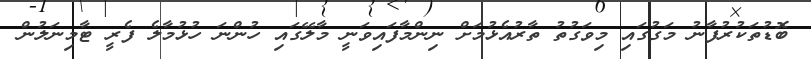
ބޮޑުތަކުރުފާނު މަގުގައި މިވަގުތު ތާރުއެޅުމަށް ނިންމާފައިވަނީ މާލޭގައި ހުންނަ ހުޅުމާލެ ފެރީ ޓާމިނަލުން